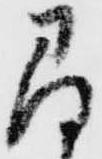
尋